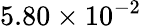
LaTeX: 5.80\times 10^{-2}